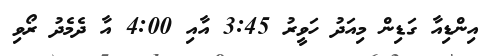
އިންޑިއާ ގަޑިން މިއަދު ހަވީރު 3:45 އާއި 4:00 އާ ދެމެދު ރޯވި